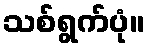
သစ်ရွက်ပုံ။